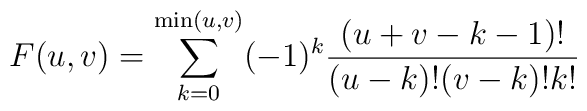
F(u,v)=\sum_{k=0}^{\mathrm{min}(u,v)}(-1)^k\frac{(u+v-k-1)!}	{(u-k)!(v-k)!k!}